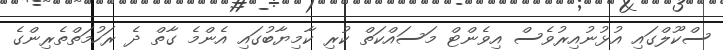
ސްކޫލްގައި އުޅުނުއިރުވެސް އިވެންޓް މަސައްކަތް ކުރި ކާމިޔާބުގައި އެންމެ ގާތް ދެ ރަހުމަތްތެރިންގެ